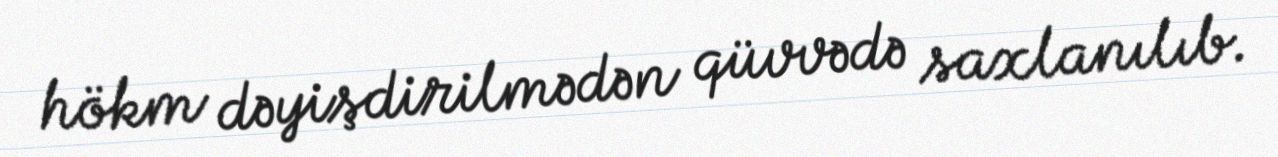
hökm dəyişdirilmədən qüvvədə saxlanılıb.